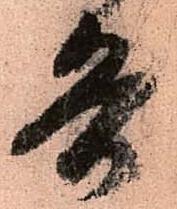
各